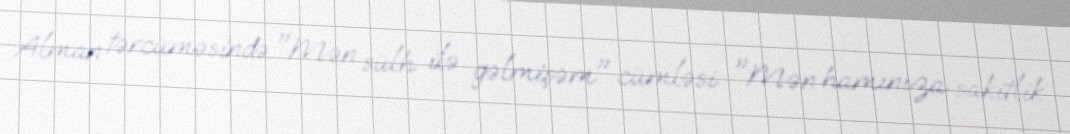
Alman tərcüməsində "Mən sülh ilə gəlmişəm" cümləsi "Mən hamınıza sakitlik